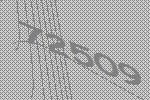
72509